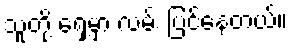
သူတို့ ရှေ့မှာ လမ်း ပြင်နေတယ်။